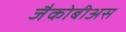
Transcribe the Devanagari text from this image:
जैकोबीअस